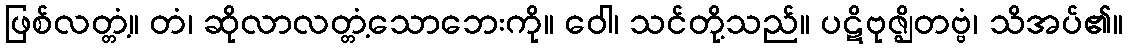
ဖြစ်လတ္တံ့။ တံ၊ ဆိုလာလတ္တံ့သောဘေးကို။ ဝေါ၊ သင်တို့သည်။ ပဋိဗုဇ္ဈိတဗ္ဗံ၊ သိအပ်၏။